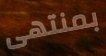
بمنتهى